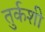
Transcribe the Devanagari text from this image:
तुर्कशी